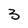
Character: 3